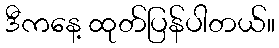
ဒီကနေ့ ထုတ်ပြန်ပါတယ်။